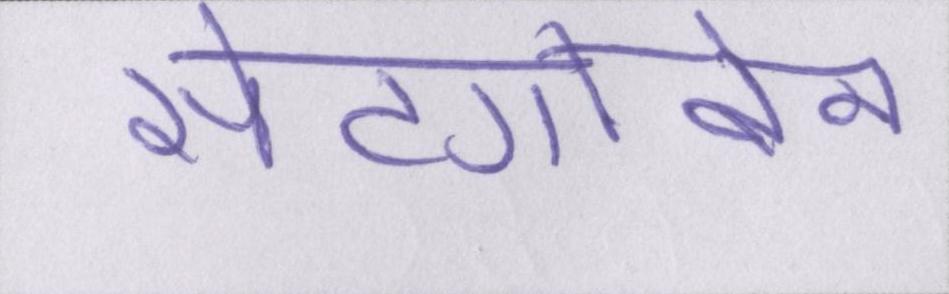
सेंटगोबेन